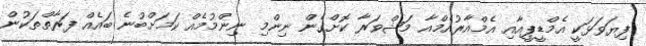
ފިޔަވަޅަކީ އެމްޑީޕީއާއި އެމްއާރުއެމްއާ މަޝްވަރާ ކޮށްގެން ނިންމި ނިންމުމެއް ކަމަށްބުނެ ބައެއް ފަރާތްތަކުން